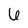
Character: 6